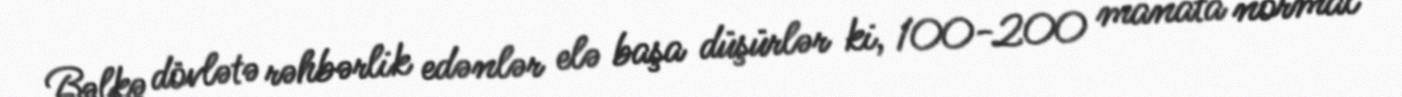
Bəlkə dövlətə rəhbərlik edənlər elə başa düşürlər ki, 100-200 manata normal